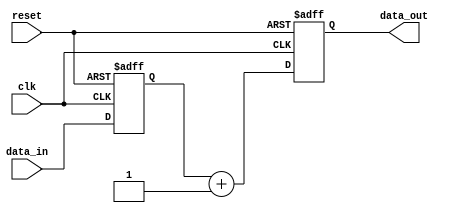
module sequential_logic (
    input wire clk,          // Clock signal
    input wire reset,        // Asynchronous reset signal
    input wire [7:0] data_in, // 8-bit input data
    output reg [7:0] data_out // 8-bit output data
);

    // Internal state variable
    reg [7:0] state;

    // Always block triggered on the rising edge of the clock
    always @(posedge clk or posedge reset) begin
        if (reset) begin
            // Reset condition: initialize state and output
            state <= 8'b0;      // Set state to zero
            data_out <= 8'b0;   // Set output to zero
        end else begin
            // Sequential logic: update state and output
            state <= data_in;    // Update state with input data
            data_out <= state + 1; // Example operation: increment state for output
        end
    end

endmodule